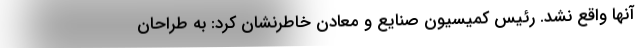
آنها واقع نشد. رئیس کمیسیون صنایع و معادن خاطرنشان کرد:‌ به طراحان